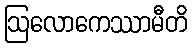
ဩလောကေဿာမီတိ